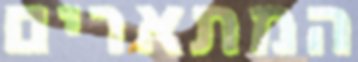
המתארים